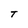
Character: T